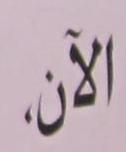
الآن